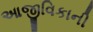
આજીવિકાની